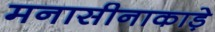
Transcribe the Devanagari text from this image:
मनासीनाकाड़े